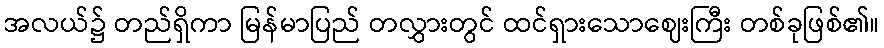
အလယ်၌ တည်ရှိကာ မြန်မာပြည် တလွှားတွင် ထင်ရှားသောဈေးကြီး တစ်ခုဖြစ်၏။